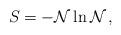
LaTeX: \begin{align*} S = - {\cal N} \ln {\cal N} \,,\end{align*}